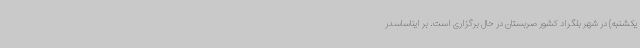
یکشنبه) در شهر بلگراد کشور صربستان در حال برگزاری است. بر ایناساسدر